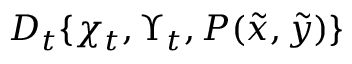
\cal { D } _ { t } \{ \chi _ { t } , \Upsilon _ { t } , P ( \tilde { x } , \tilde { y } ) \}